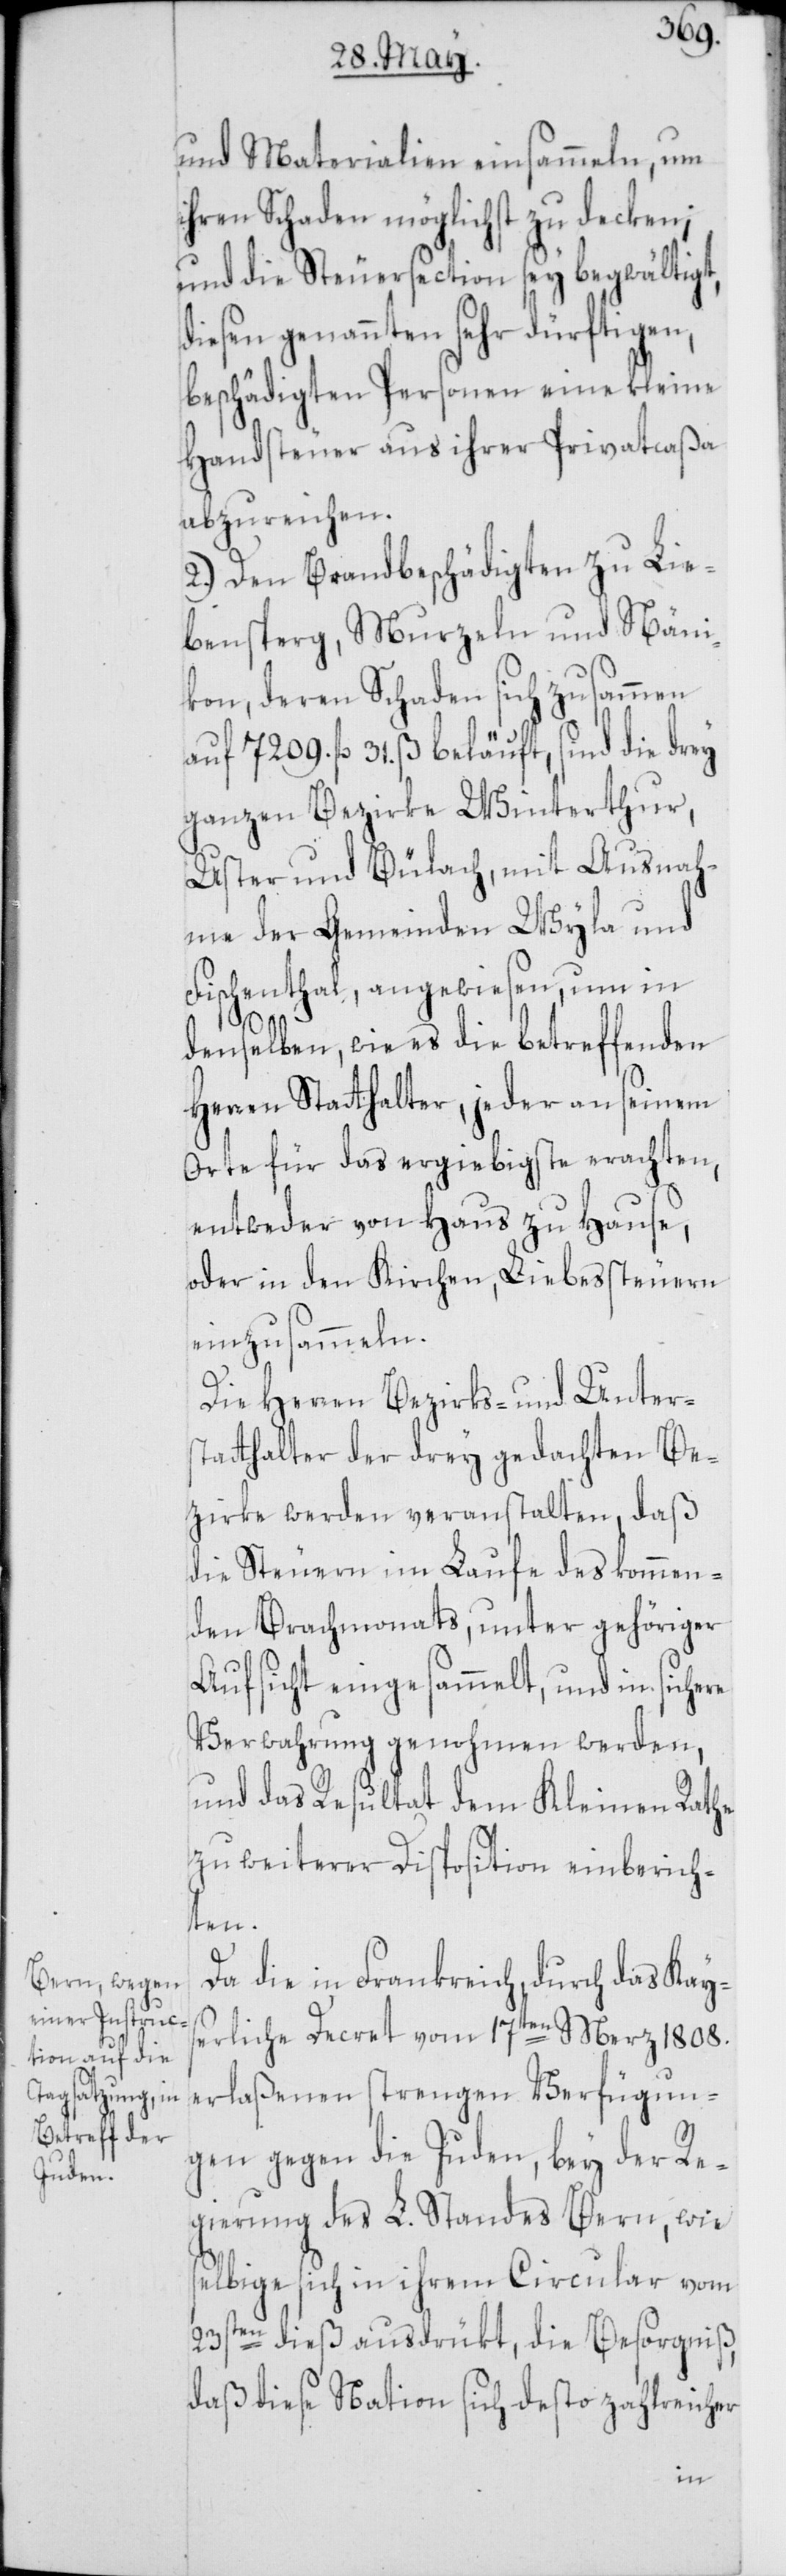
und Materialien einsammeln, um
ihren Schaden möglichst zu decken;
und die Steuersection sey begwältigt,
diesen genannten sehr dürftigen,
beschädigten Personen eine kleine
Handsteuer aus ihrer Privatcaßa
abzureichen.
2.) Den Brandbeschädigten zu Lie¬
bensperg, Murzeln und Näni¬
kon, deren Schaden sich zusammen
auf 7209. fl. 31. ß beläuft, sind die drey
ganzen Bezirke Winterthur,
Uster und Bülach, mit Ausnah¬
me der Gemeinden Wyla und
Fischenthal, angewiesen, um in
denselben, wie es die betreffenden
Herren Statthalter, jeder an seinem
Orte für das ergiebigste erachten,
entweder von Haus zu Hause,
oder in den Kirchen, Liebessteuern
einzusammeln.
Die Herren Bezirks- und Unters¬
tatthalter der drey gedachten Be¬
zirke werden veranstalten, daß
die Steuern im Laufe des kommen¬
den Brachmonats, unter gehöriger
Aufsicht eingesammelt, und in siche¬
Verwahrung genohmen werden,
und das Resultat dem Kleinen Rathe
zu weiterer Disposition einberich¬
ten.
Da die in Frankreich, durch das Kays¬
erliche Decret vom 17ten Merz 1808.
erlaßenen strengen Verfügun¬
gen gegen die Juden, bey der Re¬
gierung des L. Standes Bern, wie
selbige sich in ihrem Circular vom
23sten dieß ausdrükt, die Besorgniß,
daß diese Nation sich desto zahlreicher
re